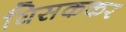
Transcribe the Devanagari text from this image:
घिसककर